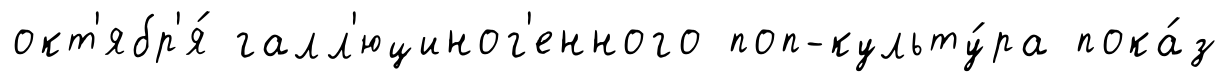
окт'ябр'я́ галл'юциног'енного поп-культу́ра пока́з